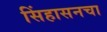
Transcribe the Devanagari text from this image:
सिंहासनचा